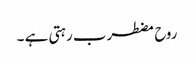
روح مضطرب رہتی ہے ۔